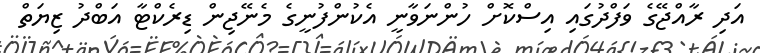
އަދި ރާއްޖޭގެ ވަފްދުގައި އިސްކޮށް ހުންނަވާނީ އެކުންފުނީގެ މެނޭޖިން ޑިރެކްޓާ އަބްދު ޒިޔަތް